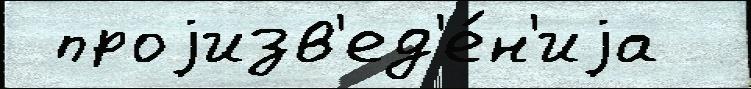
 проjизв'ед'е́н'иjа